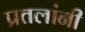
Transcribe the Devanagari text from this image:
प्रतलांनी